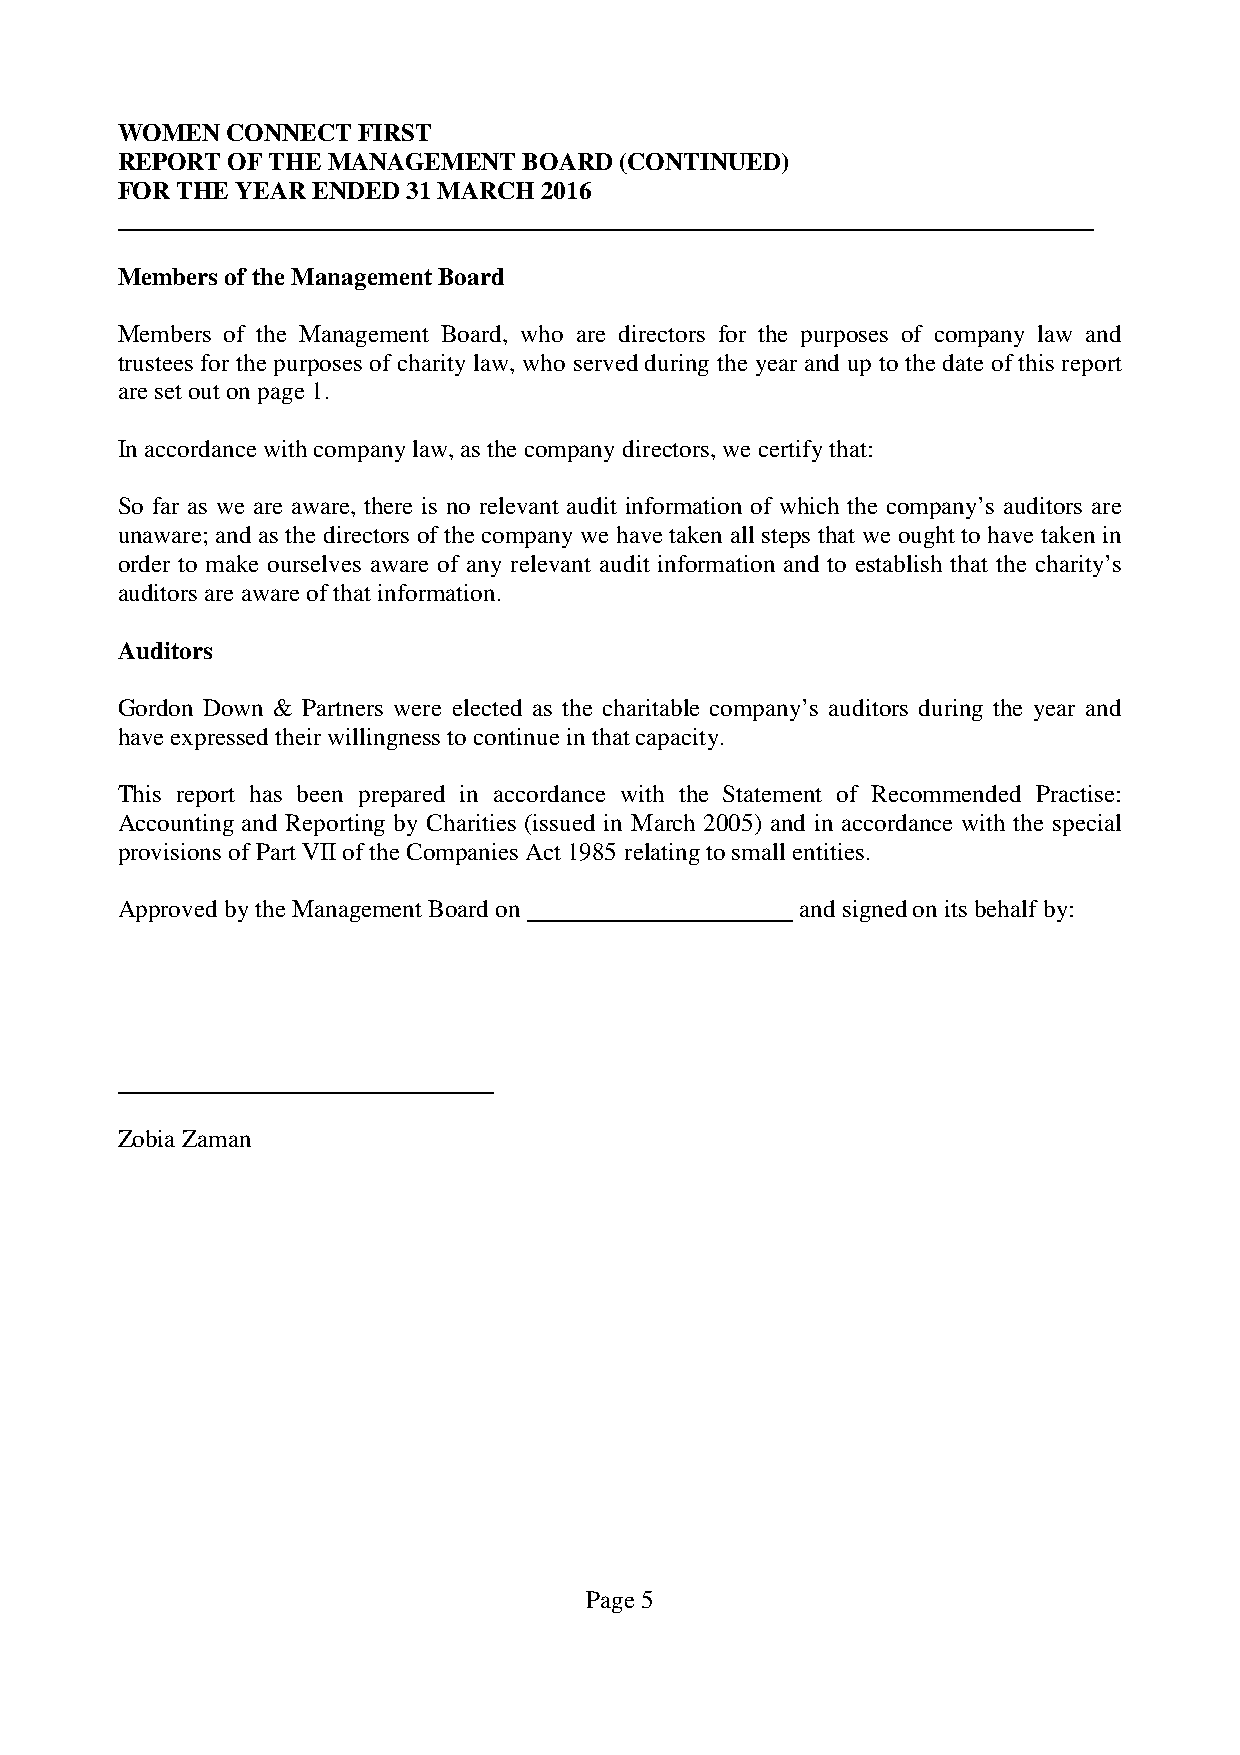
WOMEN  CONNECT  FIRST
 REPORT OF THE MANAGEMENT   BOARD (CONTINUED)
 FOR THE YEAR ENDED 31 MARCH 2016
 Members of the Management Board
 Members of the Management Board, who are directors for the purposes of company law and
 trustees for the purposes of charity law, who served during the year and up to the date of this report
 are set out on page 1.
 In accordance with company law, as the company directors, we certify that:
 So far as we are aware, there is no relevant audit information of which the company’s auditors are
 unaware; and as the directors of the company we have taken all steps that we ought to have taken in
 order to make ourselves aware of any relevant audit information and to establish that the charity’s
 auditors are aware of that information.
 Auditors
 Gordon Down & Partners were elected as the charitable company’s auditors during the year and
 have expressed their willingness to continue in that capacity.
 This report has been prepared in accordance with the Statement of Recommended Practise:
 Accounting and Reporting by Charities (issued in March 2005) and in accordance with the special
 provisions of Part VII of the Companies Act 1985 relating to small entities.
 Approved by the Management Board on          and signed on its behalf by:
 Zobia Zaman
 Page 5